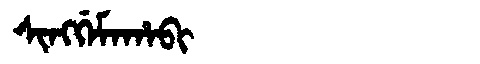
Manchu: ᠰᡳᠩᡤᡝᠮᠠᡥᠠᠪᡳ
Romanization: SINGGEMAHABI